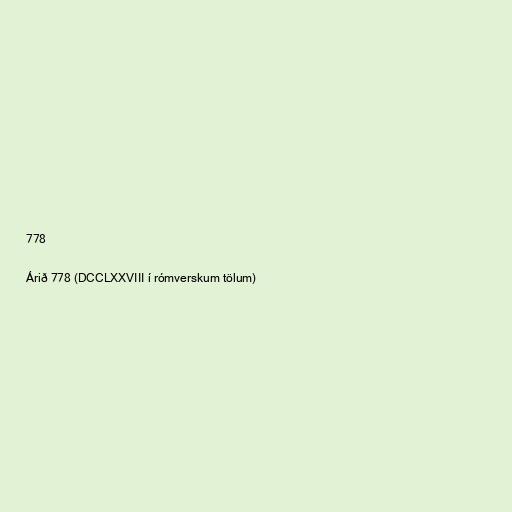
778

Árið 778 (DCCLXXVIII í rómverskum tölum)